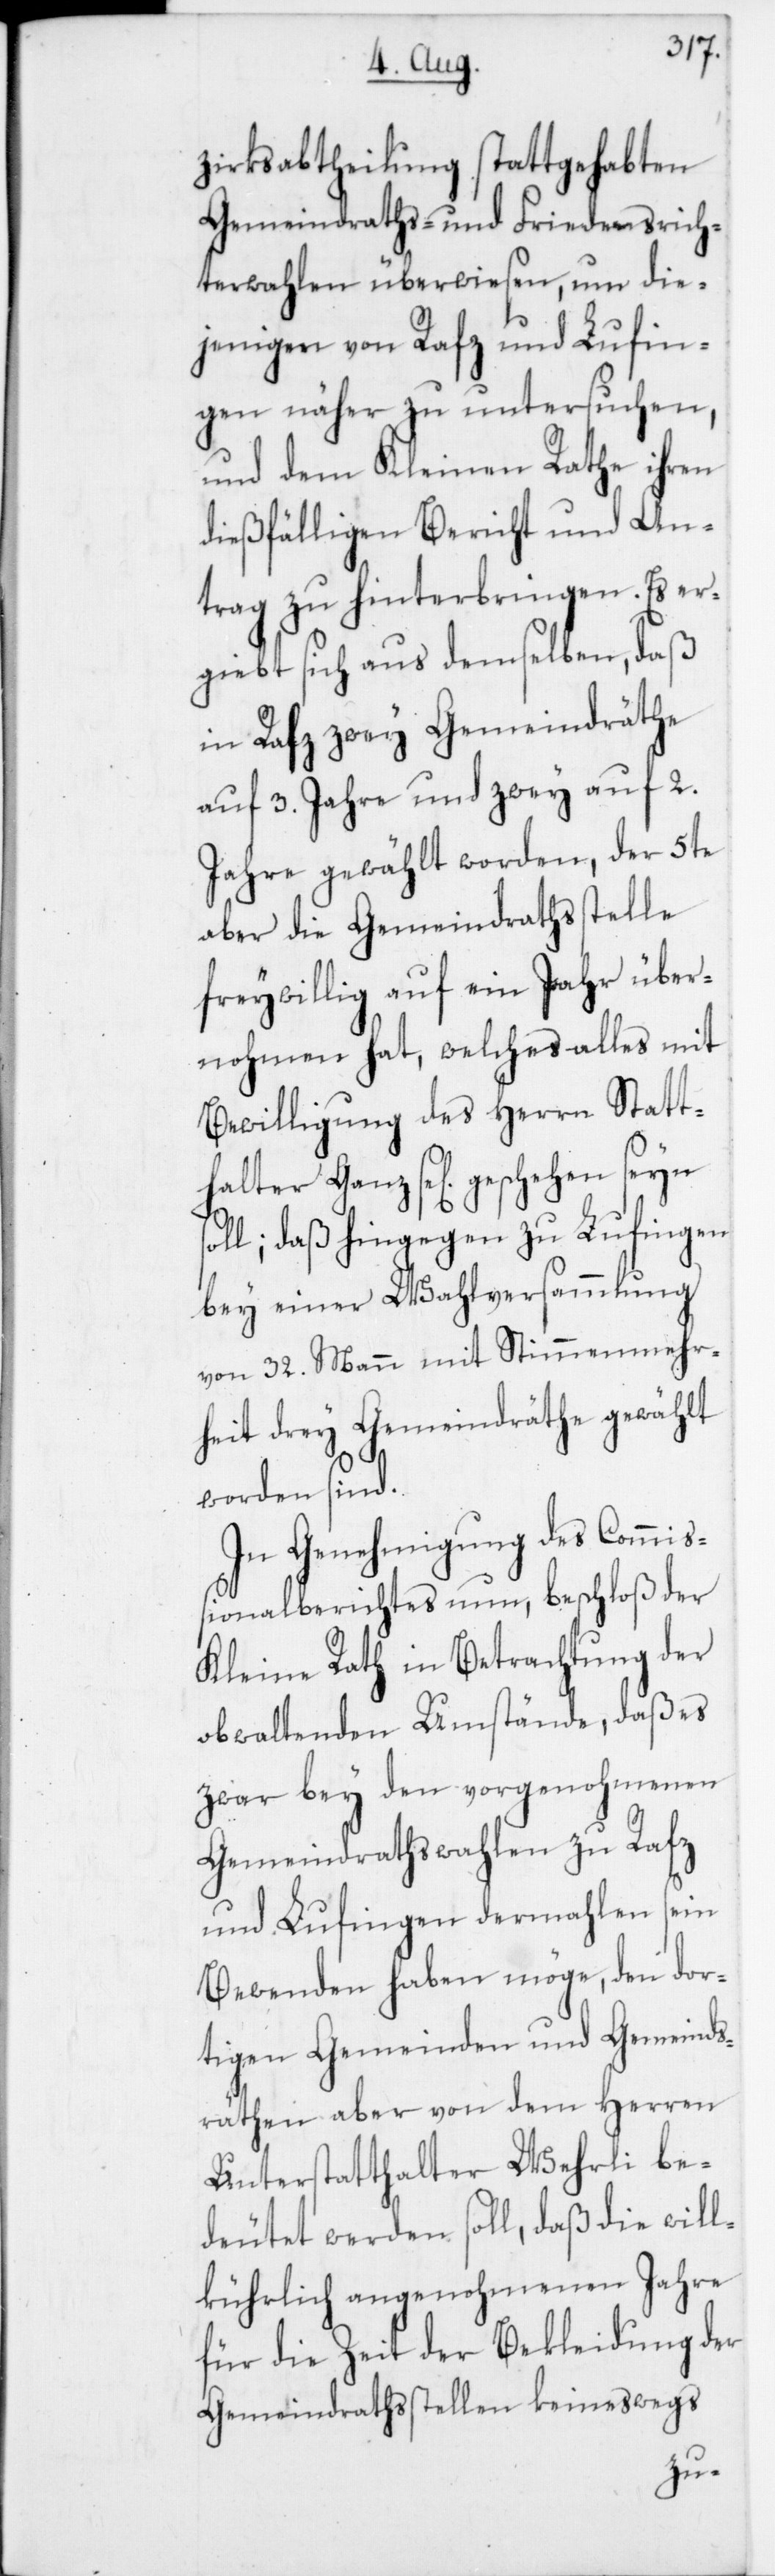
zirksabtheilung stattgehabten
Gemeindraths- und Friedensrich¬
terwahlen überwiesen, um die¬
jeingen von Rafz und Lufin¬
gen näher zu untersuchen,
und dem Kleinen Rathe ihren
dießfälligen Bericht und An¬
trag zu hnterbringen. Es er¬
giebt sich aus demselben, daß
in Rafz zwey Gemeindräthe
auf 3. Jahre und zwey auf 2.
Jahre gewählt worden, der 5te
aber die Gemeindrathsstelle
freywillig auf ein Jahr über¬
nohmen hat, welches alles mit
Bewilligung des Herren Statt¬
halter Ganz se[lig] geschehen seyn
soll; daß hingegen zu Lufingen
bey einer Wahlversammlung
von 32. Mann mit Stimmenmehr¬
heit drey Gemeindräthe gewählt
worden sind.
In Genehmigung des Commiß¬
ionalberichtes nun, beschloß der
Kleine Rath in Betrachtung der
obwaltenden Umstände, daß es
zwar bey den vorgenohmenen
Gemeindrathswahlen zu Rafz
und Lufingen dermahlen sein
Bewenden haben möge, den dor¬
tigen Gemeinden und Gemeinds¬
räthen aber von dem Herren
Unterstatthalter Wehrli be¬
deutet werden soll, daß die will¬
kührlich angenohmenen Jahre
für die Zeit der Bekleidung der
Gemeindrathsstellen keineswegs